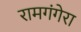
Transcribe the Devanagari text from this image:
रामगंगेरा